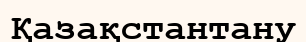
Қазақстантану